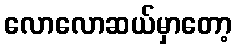
လောလောဆယ်မှာတော့